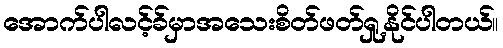
အောက်ပါလင့်ခ်မှာအသေးစိတ်ဖတ်ရှု့နိုင်ပါတယ်။